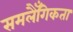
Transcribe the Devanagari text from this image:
समलैँगिकता